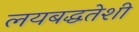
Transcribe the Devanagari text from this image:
लयबद्धतेशी